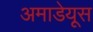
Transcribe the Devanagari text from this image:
अमाडेयूस